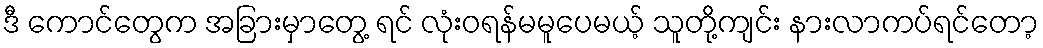
ဒီ ကောင်တွေက အခြားမှာတွေ့ ရင် လုံးဝရန်မမူပေမယ့် သူတို့ကျင်း နားလာကပ်ရင်တော့